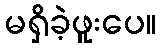
မရှိခဲ့ဖူးပေ။